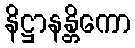
နိဋ္ဌာနန္တိကော